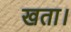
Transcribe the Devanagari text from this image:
खता।